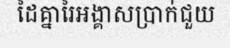
ដៃគ្នារៃអង្គាសប្រាក់ជួយ